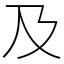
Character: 及